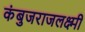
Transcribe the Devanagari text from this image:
कंबुजराजलक्ष्मी